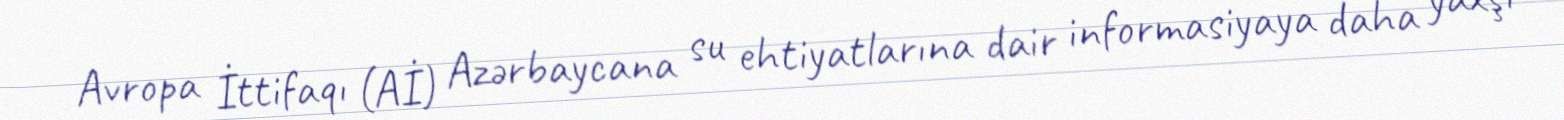
Avropa İttifaqı (Aİ) Azərbaycana su ehtiyatlarına dair informasiyaya daha yaxşı